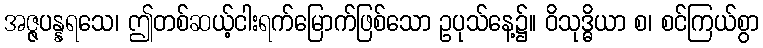
အဇ္ဇပန္နရသေ၊ ဤတစ်ဆယ့်ငါးရက်မြောက်ဖြစ်သော ဥပုသ်နေ့၌။ ဝိသုဒ္ဓိယာ စ၊ စင်ကြယ်စွာ